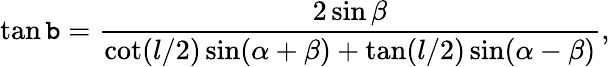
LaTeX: \tan\mathtt{b}={\frac{{2\sin\beta}}{{\cot(l/2)\sin(\alpha+\beta)+\tan(l/2)\sin(\alpha-\beta)}}},